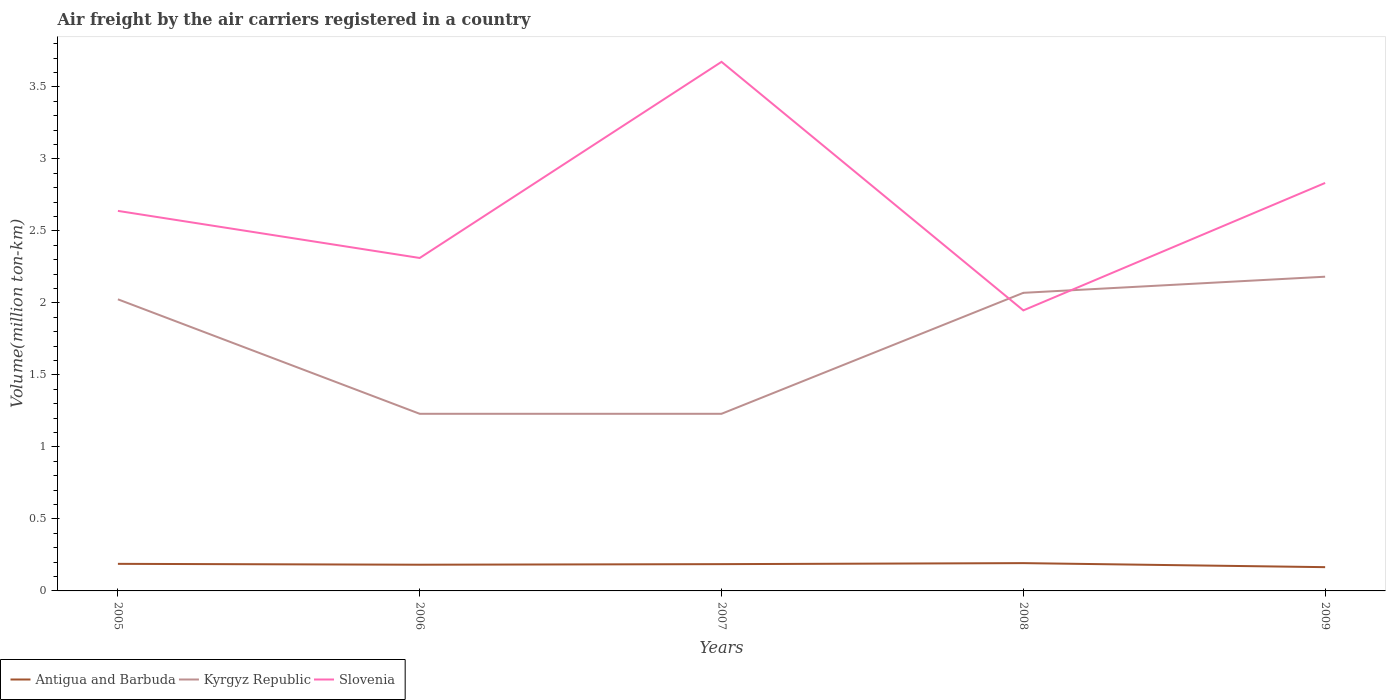
| Years | Antigua and Barbuda | Kyrgyz Republic | Slovenia |
 | --- | --- | --- | --- |
 | 2005 | 0.188 | 2.02 | 2.64 |
 | 2006 | 0.182 | 1.23 | 2.31 |
 | 2007 | 0.186 | 1.23 | 3.67 |
 | 2008 | 0.193 | 2.07 | 1.95 |
 | 2009 | 0.165 | 2.18 | 2.83 |